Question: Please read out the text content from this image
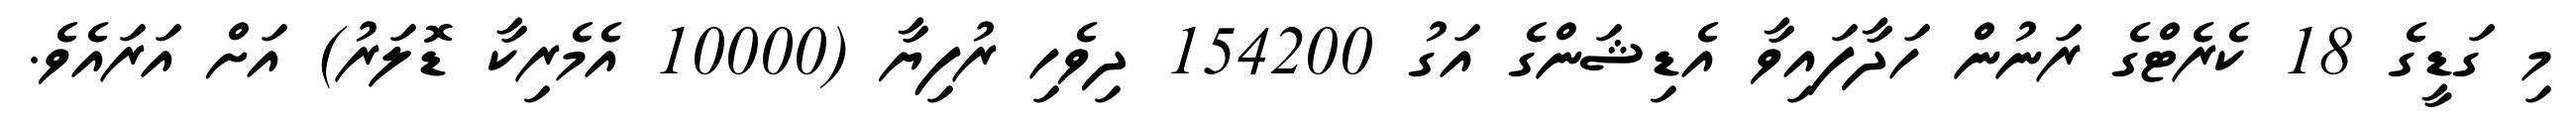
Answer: މި ގަޑީގެ 18 ކެރެޓްގެ ރަނުން ހަދާފައިވާ އެޑިޝަންގެ އަގު 154200 ދިވެހި ރުފިޔާ (10000 އެމެރިކާ ޑޮލަރު) އަށް އަރައެވެ.